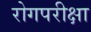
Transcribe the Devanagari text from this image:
रोगपरीक्षा